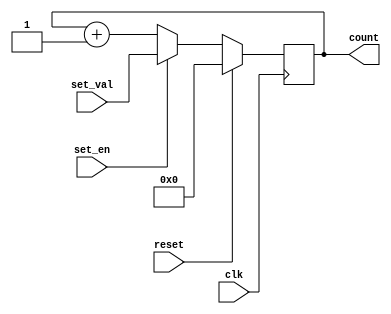
module counter (
  input wire clk,          // clock input
  input wire reset,        // asynchronous reset input
  input wire set_en,       // set enable input
  input wire [15:0] set_val,  // set value input
  output reg [15:0] count  // output count
);

  always @(posedge clk) begin
    if (reset) begin
      count <= 16'h0;
    end else if (set_en) begin
      count <= set_val;
    end else begin
      count <= count + 1;
    end
  end

endmodule